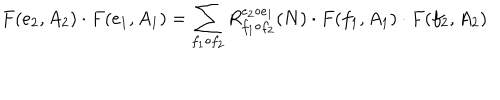
F ( e _ { 2 } , A _ { 2 } ) \cdot F ( e _ { 1 } , A _ { 1 } ) = \sum _ { f _ { 1 } \circ f _ { 2 } } R _ { f _ { 1 } \circ f _ { 2 } } ^ { e _ { 2 } \circ e _ { 1 } } ( N ) \cdot F ( f _ { 1 } , A _ { 1 } ) \cdot F ( f _ { 2 } , A _ { 2 } )